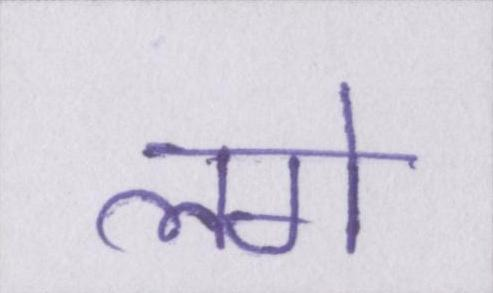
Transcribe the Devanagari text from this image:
लगे